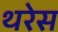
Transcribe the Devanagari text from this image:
थरेस